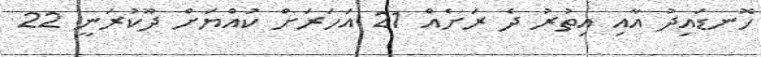
ހޮނޑައިދު އާއި އިތުރު ދެ ރަށެއް 21 އަހަރަށް ކުއްޔަށް ދޫކުރަނީ 22